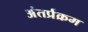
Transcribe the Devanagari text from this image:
अंतर्प्रक्रम